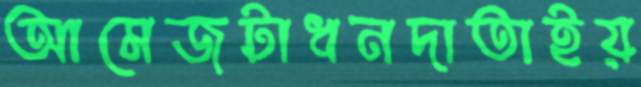
আমেজটাধনদাতাইয়